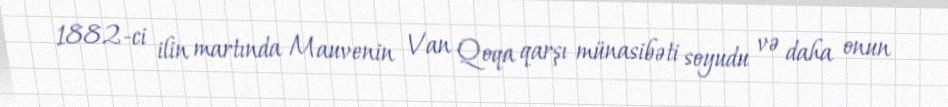
1882-ci ilin martında Mauvenin Van Qoqa qarşı münasibəti soyudu və daha onun